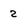
Character: 2